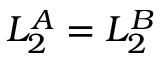
L _ { 2 } ^ { A } = L _ { 2 } ^ { B }